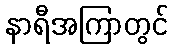
နာရီအကြာတွင်